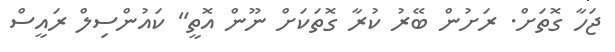
ޖަހާ ގޮތަށް. ރަށުން ބޭރު ކުރާ ގޮތަކަށް ނޫން އޮތީ" ކައުންސިލް ރައީސް